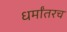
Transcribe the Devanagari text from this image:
धर्मांतरच